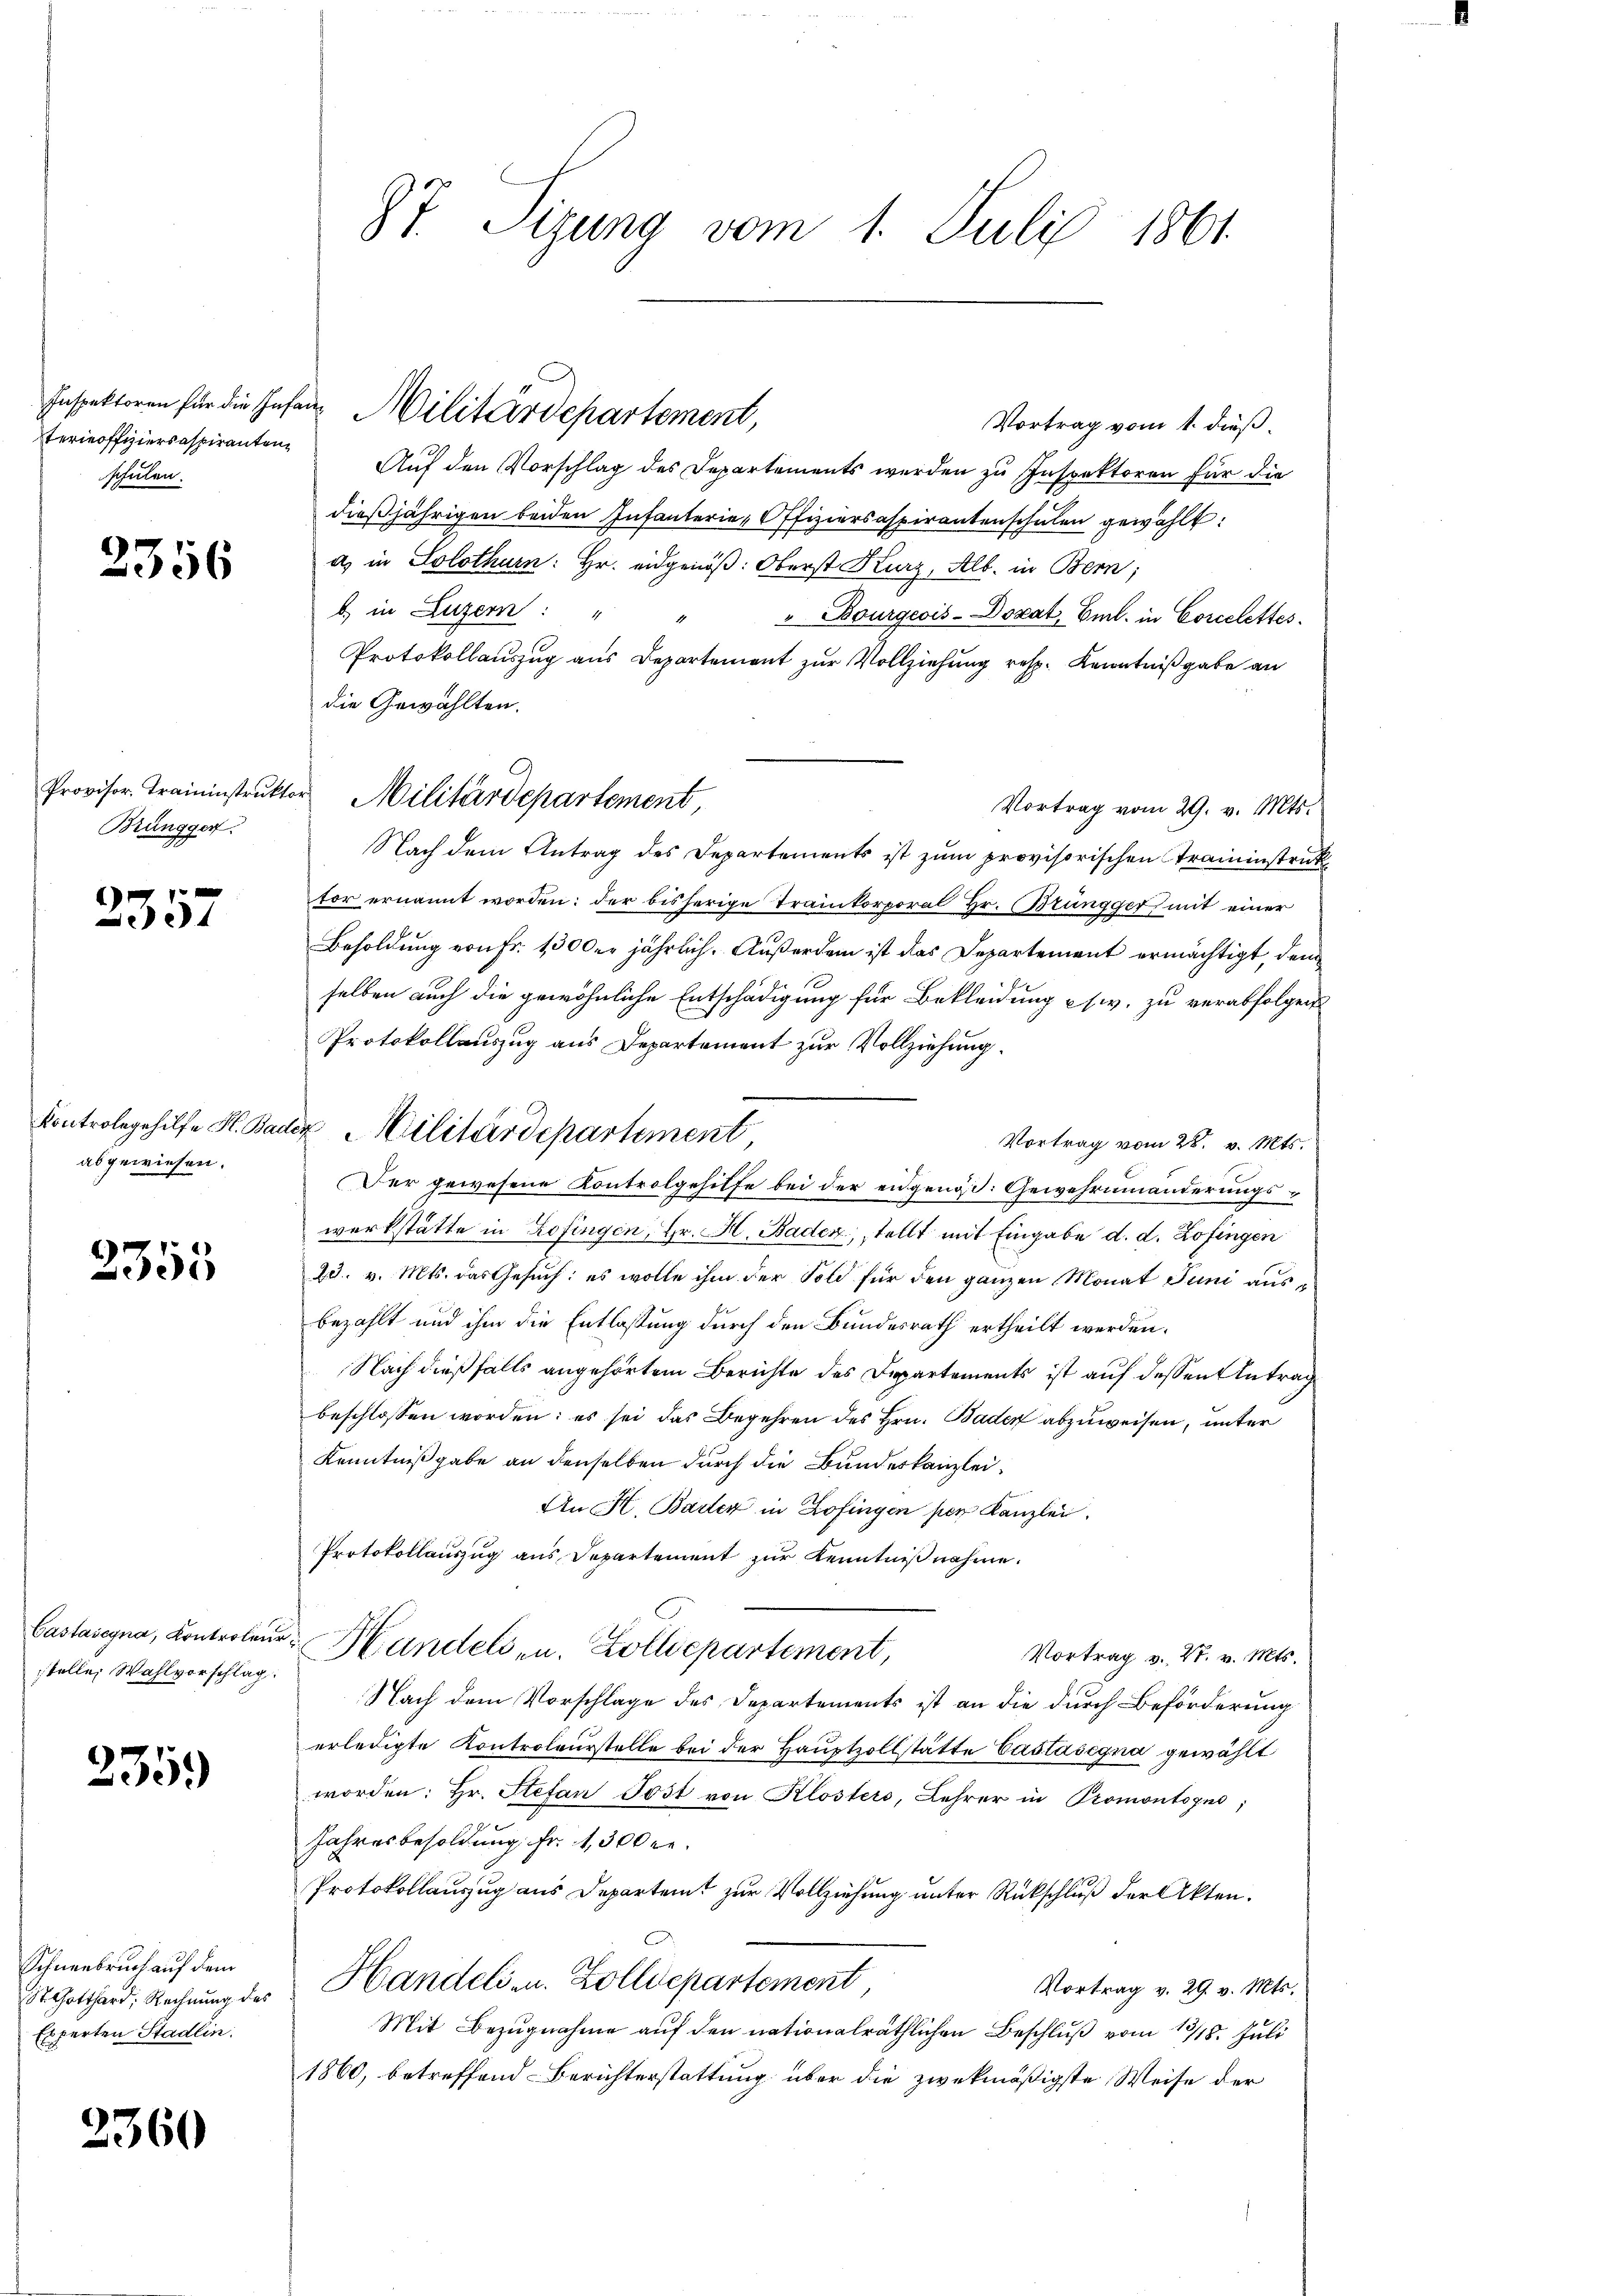
schulen.

2356

Brüngger.

6
357

abgewiesen.

2355

Castasegna, Kontrolen.
stelle Wahlvorschlag

235.

Schneebruch auf dem
St. Gotthard, Rechnung des
Experten Stadlin.

2360

87. Sizung vom 1. Juli 1861.

Vortrag vom 1. dieß.
Ferieoffiziercaspiranten. Aŭf den Vorschlag des Departements werden zu Inspektoren für die
dießjährigen beiden Infanterie-Offiziersaspirantenschulen gewählt:
a. in Solothurn: Hr. eidgenöß: Oberst Kurz, Alb. in Bern;
b) in Luzern: "
" Bourgeois-Dozat, Eml. in Corcelettes.
Protokollauszug aus Departement zur Vollziehung resp. Kenntnißgabe an
die Gewählten.
Vortrag vom 29. v. Mts.
Nach dem Antrag des Departements ist zum provisorischen Traininstruktor ernannt worden: der bisherige Traikorporal Hr. Brüngger, mit einer
Besoldung von Fr. 1300er jährlich. Außerdem ist das Departement ermächtigt, dem
selben auch die gewöhnliche Entschädigung für Bekleidung es w. zu verabfolgen
Protokollauszug aus Departement zur Vollziehung.
Kontrole gehilfe H. Bader Militärdepartement
Vortrag vom 28. v. Mts.
Der gewesene Kontrolgehilfe bei der eidgenoß. Gewehrnmnänderungswerkstätte in Zofingen, Hr. H. Baden, stellt mit Eingabe d. d. Zofingen
25. v. Mts. das Gesuch: es wolle ihm der Sold für den ganzen Monat Juni ausbezahlt und ihm die Entlassung durch den Bundesrath ertheilt werden.
Nach dießfalls angehörtem Berichte des Departements ist auf dessen Antrag
beschlossen worden: es sei das Begehren des Hrn. Bader abzuweisen, unter
Kenntnißgabe an denselben durch die Bundeskanzlei¬
An K. Baden in Zofingen per Kanzlei.
Protokollauszug aus Departement zur Kenntniß nahme.
u Handels- u. Zolldepartement,
Vortrag v. 27. v. Mts.
Nach dem Vorschlage des Departements ist an die durch Beförderung
erledigte Kontroleurstelle bei der Hauptzollstätte Castasegna gewählt
worden: Hr. Stefan Post von Klosters, Lehrer in Promontsgno;
Jahresbesoldung Fr. 1,300 re
Protokollauszug aus Departeit zur Vollziehung unter Rückschluß der Akten.
Handelsen. Zolldepartement
Vortrag v. 29. v. Mts.
Mit Bezugnahme auf den nationalräthlichen Beschluß vom 17/18. Juli
1860, betreffend Berichterstattung über die zwekmäßigste Weise der

Inspektoren für die Infang Militärdepartement,

Provisor Traininstruktor Militärdepartement